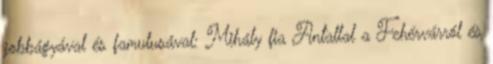
jobbágyával és famulusával: Mihály fia Antallal a Fehérvárról és